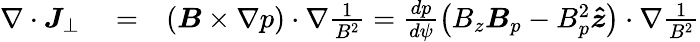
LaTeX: \begin{array}{rlr}{\nabla\cdot\boldsymbol{J}_{\perp}}&{{}=}&{\left(\boldsymbol{B}\times\nabla p\right)\cdot\nabla\frac{1}{B^{2}}=\frac{dp}{d\psi}\left(B_{z}\boldsymbol{B}_{p}-B_{p}^{2}\boldsymbol{\hat{z}}\right)\cdot\nabla\frac{1}{B^{2}}}\end{array}